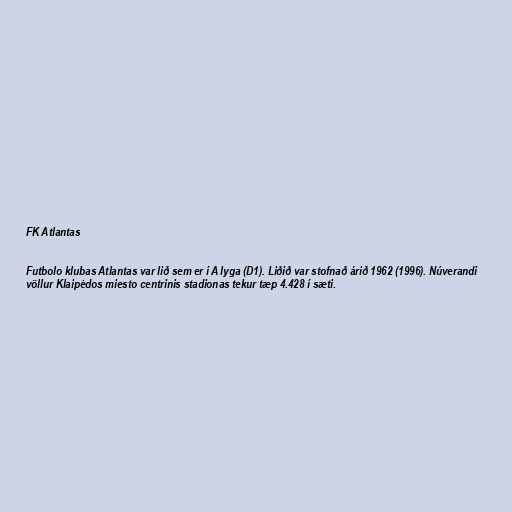
FK Atlantas

Futbolo klubas Atlantas var lið sem er í A lyga (D1). Liðið var stofnað árið 1962 (1996). Núverandi
völlur Klaipėdos miesto centrinis stadionas tekur tæp 4.428 í sæti.